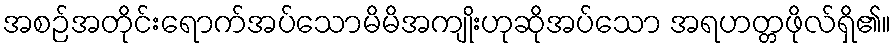
အစဉ်အတိုင်းရောက်အပ်သောမိမိအကျိုးဟုဆိုအပ်သော အရဟတ္တဖိုလ်ရှိ၏။